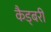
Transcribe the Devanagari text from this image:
कैड्बरी